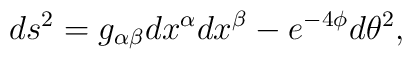
ds^2 = g_{\alpha \beta} dx^{\alpha} dx^{\beta} -        e^{-4 \phi} d \theta^2 ,